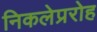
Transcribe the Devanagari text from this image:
निकलेप्ररोह